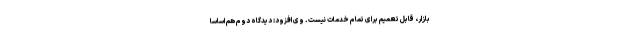
بازار، قابل تعمیم برای تمام خدمات نیست. وی افزود: دیدگاه دوم هم اساسا